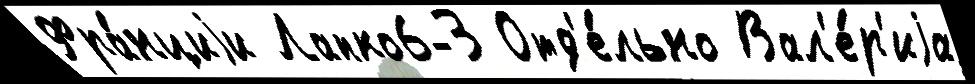
Фра́нциjи Лапко6-3 Отд'е́льно Вал'е́р'иjа